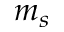
m _ { s }